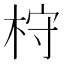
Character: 𣑋